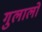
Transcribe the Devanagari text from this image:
गुलालों